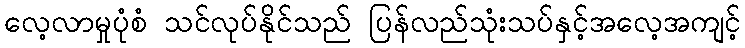
လေ့လာမှုပုံစံ သင်လုပ်နိုင်သည် ပြန်လည်သုံးသပ်နှင့်အလေ့အကျင့်